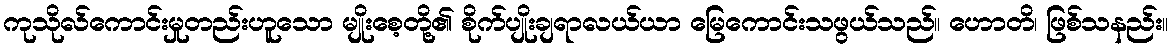
ကုသိုလ်ကောင်းမှုတည်းဟူသော မျိုးစေ့တို့၏ စိုက်ပျိုးချရာလယ်ယာ မြေကောင်းသဖွယ်သည်။ ဟောတိ၊ ဖြစ်သနည်း။